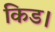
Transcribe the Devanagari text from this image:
किड।